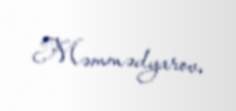
Məmmədyarov.